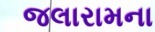
જલારામના